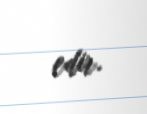
edir.